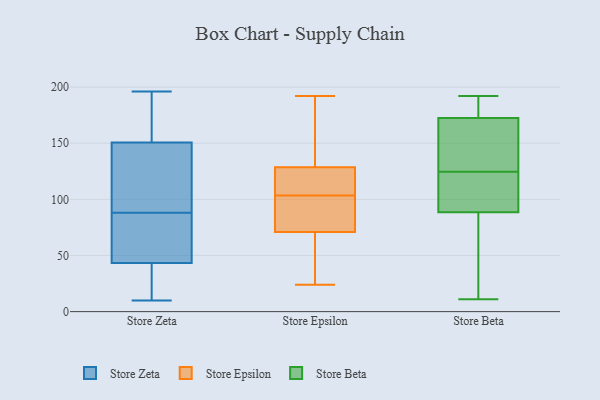
{"axis": {"x": "Backlog", "y": "Value"}, "legend": ["Store Beta", "Store Epsilon", "Store Zeta"], "data": [{"x": "", "y": 85, "type": "Store Zeta"}, {"x": "", "y": 88, "type": "Store Zeta"}, {"x": "", "y": 152, "type": "Store Zeta"}, {"x": "", "y": 11, "type": "Store Zeta"}, {"x": "", "y": 10, "type": "Store Zeta"}, {"x": "", "y": 50, "type": "Store Zeta"}, {"x": "", "y": 196, "type": "Store Zeta"}, {"x": "", "y": 41, "type": "Store Zeta"}, {"x": "", "y": 166, "type": "Store Zeta"}, {"x": "", "y": 17, "type": "Store Zeta"}, {"x": "", "y": 142, "type": "Store Zeta"}, {"x": "", "y": 51, "type": "Store Zeta"}, {"x": "", "y": 193, "type": "Store Zeta"}, {"x": "", "y": 88, "type": "Store Zeta"}, {"x": "", "y": 174, "type": "Store Zeta"}, {"x": "", "y": 76, "type": "Store Zeta"}, {"x": "", "y": 146, "type": "Store Zeta"}, {"x": "", "y": 147, "type": "Store Zeta"}, {"x": "", "y": 32, "type": "Store Zeta"}, {"x": "", "y": 56, "type": "Store Epsilon"}, {"x": "", "y": 166, "type": "Store Epsilon"}, {"x": "", "y": 96, "type": "Store Epsilon"}, {"x": "", "y": 92, "type": "Store Epsilon"}, {"x": "", "y": 192, "type": "Store Epsilon"}, {"x": "", "y": 176, "type": "Store Epsilon"}, {"x": "", "y": 81, "type": "Store Epsilon"}, {"x": "", "y": 161, "type": "Store Epsilon"}, {"x": "", "y": 130, "type": "Store Epsilon"}, {"x": "", "y": 117, "type": "Store Epsilon"}, {"x": "", "y": 61, "type": "Store Epsilon"}, {"x": "", "y": 36, "type": "Store Epsilon"}, {"x": "", "y": 125, "type": "Store Epsilon"}, {"x": "", "y": 24, "type": "Store Epsilon"}, {"x": "", "y": 107, "type": "Store Epsilon"}, {"x": "", "y": 98, "type": "Store Epsilon"}, {"x": "", "y": 100, "type": "Store Epsilon"}, {"x": "", "y": 30, "type": "Store Epsilon"}, {"x": "", "y": 127, "type": "Store Epsilon"}, {"x": "", "y": 111, "type": "Store Epsilon"}, {"x": "", "y": 92, "type": "Store Beta"}, {"x": "", "y": 85, "type": "Store Beta"}, {"x": "", "y": 107, "type": "Store Beta"}, {"x": "", "y": 149, "type": "Store Beta"}, {"x": "", "y": 178, "type": "Store Beta"}, {"x": "", "y": 165, "type": "Store Beta"}, {"x": "", "y": 68, "type": "Store Beta"}, {"x": "", "y": 190, "type": "Store Beta"}, {"x": "", "y": 110, "type": "Store Beta"}, {"x": "", "y": 167, "type": "Store Beta"}, {"x": "", "y": 186, "type": "Store Beta"}, {"x": "", "y": 16, "type": "Store Beta"}, {"x": "", "y": 130, "type": "Store Beta"}, {"x": "", "y": 11, "type": "Store Beta"}, {"x": "", "y": 119, "type": "Store Beta"}, {"x": "", "y": 192, "type": "Store Beta"}]}